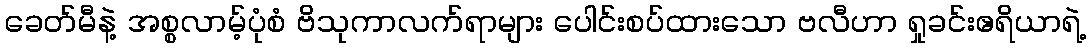
ခေတ်မီနဲ့ အစ္စလာမ့်ပုံစံ ဗိသုကာလက်ရာများ ပေါင်းစပ်ထားသော ဗလီဟာ ရှုခင်းဧရိယာရဲ့